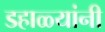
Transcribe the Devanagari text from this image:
डहाळ्यांनी